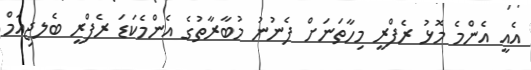
އެއީ އެންމެ މޮޅު ރެފްރީ މިހާތަނަށް ފެނުނު މުބާރާތުގެ އެންމެކަޑަ ރެފްރީ ބެލޖިއަމް